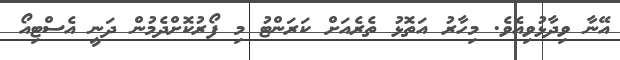
އޭނާ ވިދާޅުވިއެވެ. މިހާރު އަތޮޅު ތެރެއަށް ކަރަންޓު މި ފޯރުކޮށްދެމުން ދަނީ އެސްޓިއޯ